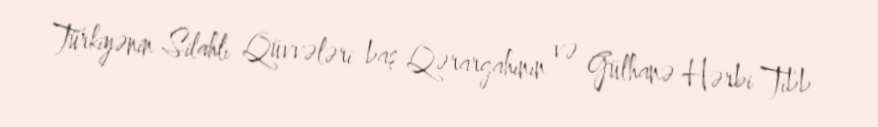
Türkiyənin Silahlı Qüvvələri baş Qərargahının və Gülhanə Hərbi Tibb